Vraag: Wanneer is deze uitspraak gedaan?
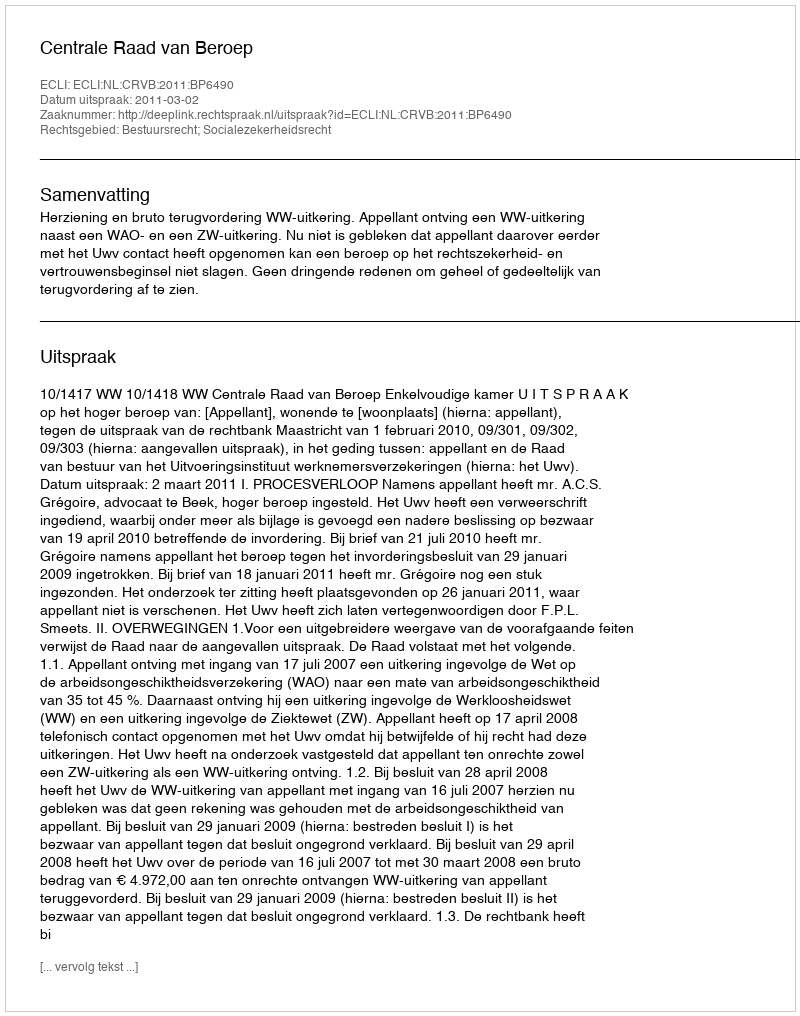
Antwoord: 2011-03-02